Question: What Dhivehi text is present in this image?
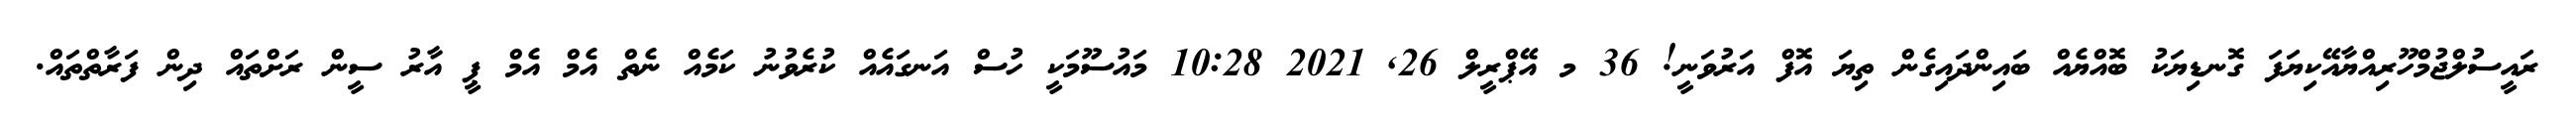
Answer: ރައީސުލްޖުމްހޫރިއްޔާއޭކިޔަފަ ގޮނޑިޔަކު ބޮއްޔެއް ބައިންދައިގެން ތިޔަ އޮފް އަރުވަނީ! 36 މ އޭޕްރީލް 26, 2021 10:28 މައުސޫމަކީ ހުސް އަނގައެއް ކުރެވުނު ކަމެއް ނެތް އެމް އެމް ޕީ އާރު ސީން ރަށްތައް ދިން ފަރާތްތައް.